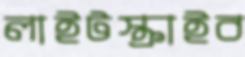
লাইটস্ক্রাইব